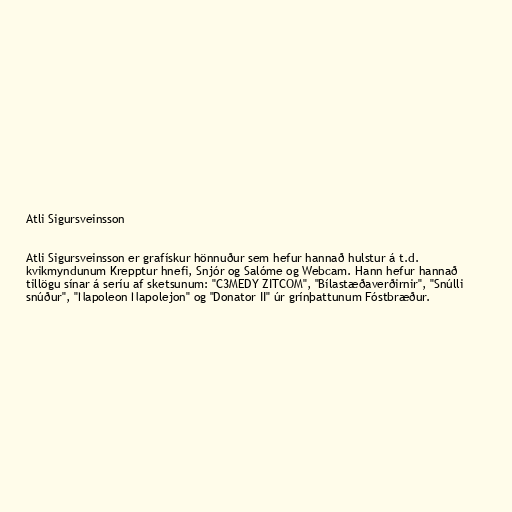
Atli Sigursveinsson

Atli Sigursveinsson er grafískur hönnuður sem hefur hannað hulstur á t.d.
kvikmyndunum Krepptur hnefi, Snjór og Salóme og Webcam. Hann hefur hannað
tillögu sínar á seríu af sketsunum: "C3MEDY ZITCOM", "Bílastæðaverðirnir", "Snúlli
snúður", "Napoleon Napolejon" og "Donator II" úr grínþattunum Fóstbræður.